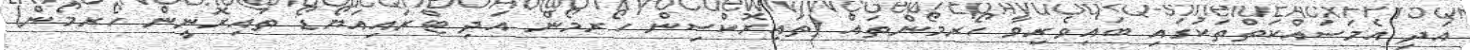
އަދި އެމަސައްކަތްތަކުގައި ބައިވެރިވާ ހޯރމޯންތައް (ތައިރޮކްސިން ހޯރމޯން އަދި ޓްރައިއަޔޯޑޯ ތައިރޮނީން ހޯރމޯން)